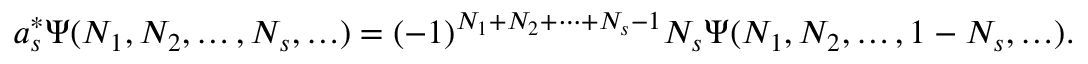
a _ { s } ^ { * } \Psi ( N _ { 1 } , N _ { 2 } , \ldots , N _ { s } , \ldots ) = ( - 1 ) ^ { N _ { 1 } + N _ { 2 } + \cdots + N _ { s } - 1 } N _ { s } \Psi ( N _ { 1 } , N _ { 2 } , \ldots , 1 - N _ { s } , \ldots ) .